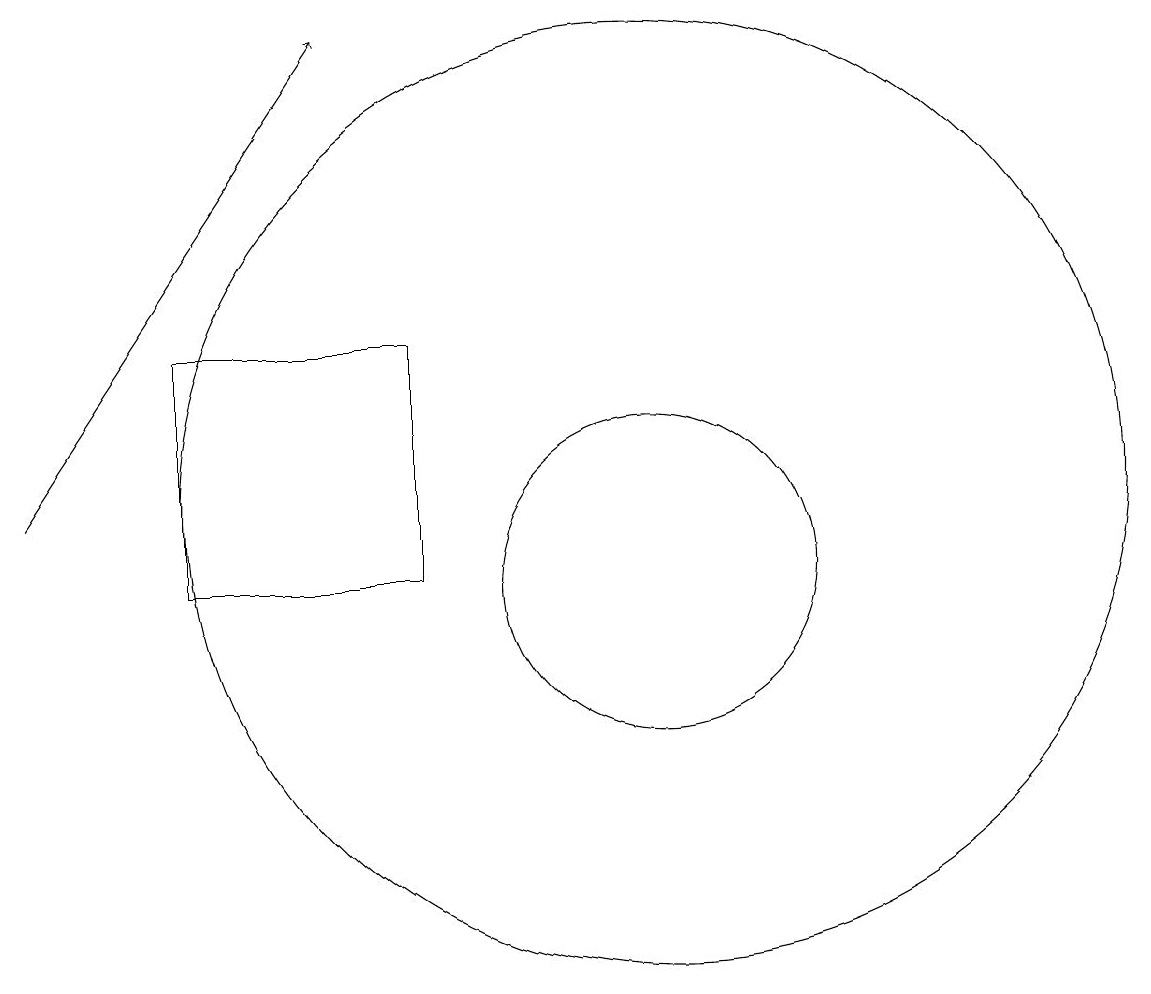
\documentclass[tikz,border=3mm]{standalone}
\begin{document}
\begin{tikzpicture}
\draw (6,11) rectangle (9,14);
\draw (12,12) circle (6);
\draw[->] (4,12) -- (8,18);
\draw (12,11) circle (2);
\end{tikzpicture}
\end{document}